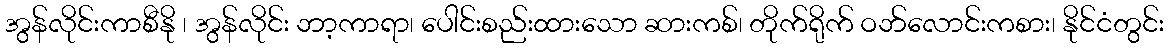
အွန်လိုင်းကာစီနို ၊ အွန်လိုင်း ဘာ့ကာရာ၊ ပေါင်းစည်းထားသော ဆားကစ်၊ တိုက်ရိုက် ဝဘ်လောင်းကစား၊ နိုင်ငံတွင်း